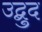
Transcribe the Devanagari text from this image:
उद्बुद